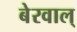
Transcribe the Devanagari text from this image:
बेरवाल्